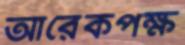
আরেকপক্ষ